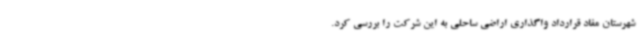
شهرستان مفاد قرارداد واگذاری اراضی ساحلی به این شرکت را بررسی کرد.